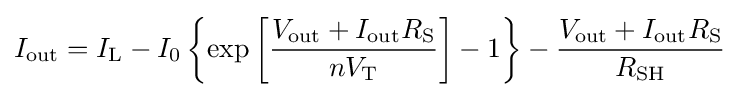
I_{\text{out}}=I_{\text{L}}-I_{0}\left\{\exp \left[{\frac {V_{\text{out}}+I_{\text{out}}R_{\text{S}}}{nV_{\text{T}}}}\right]-1\right\}-{\frac {V_{\text{out}}+I_{\text{out}}R_{\text{S}}}{R_{\text{SH}}}}